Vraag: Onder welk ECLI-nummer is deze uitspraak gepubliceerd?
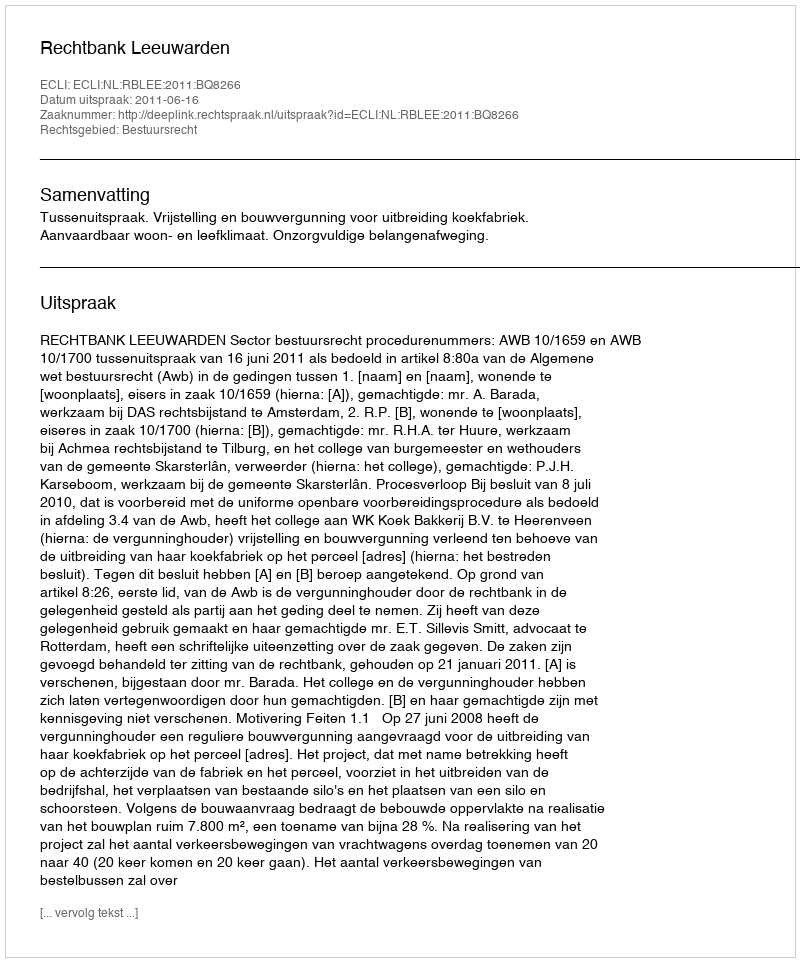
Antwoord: ECLI:NL:RBLEE:2011:BQ8266